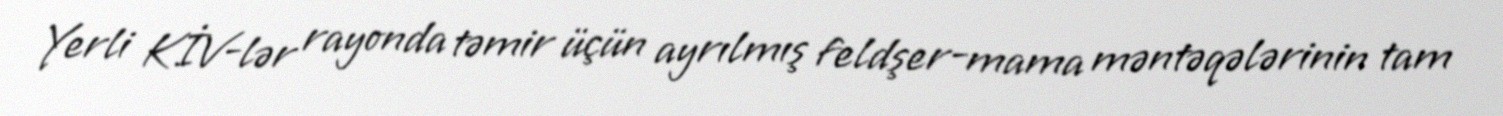
Yerli KİV-lər rayonda təmir üçün ayrılmış feldşer-mama məntəqələrinin tam